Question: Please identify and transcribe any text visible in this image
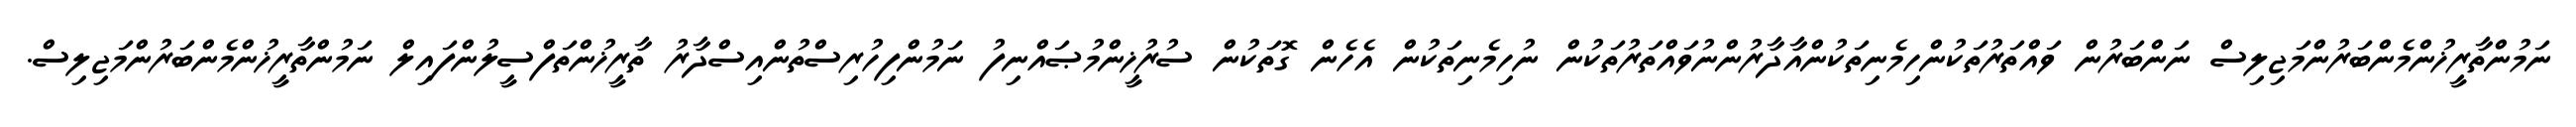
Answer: ނަމުންތާރީޚުންމެންބަރުންމަޖިލިސް ނަންބަރުން ވައްތަރުތަކުންހިމެނިތަކުންއާދާރުންނުވައްތަރުތަކުން ނުހިމެނިތަކުން އެހެން ގޮތަކުން ސުރުޚީންމުޞައްނިފު ނަމުންފިހުރިސްތުންއިސްދާރު ތާރީޚުންތަފްސީލުންފައިލް ނަމުންތާރީޚުންމެންބަރުންމަޖިލިސް.